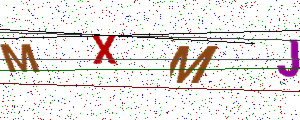
Text: MXMJ